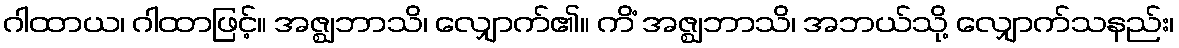
ဂါထာယ၊ ဂါထာဖြင့်။ အဇ္ဈဘာသိ၊ လျှောက်၏။ ကိံ အဇ္ဈဘာသိ၊ အဘယ်သို့ လျှောက်သနည်း၊